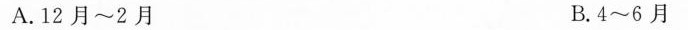
A.12月~2月 B.4~6月